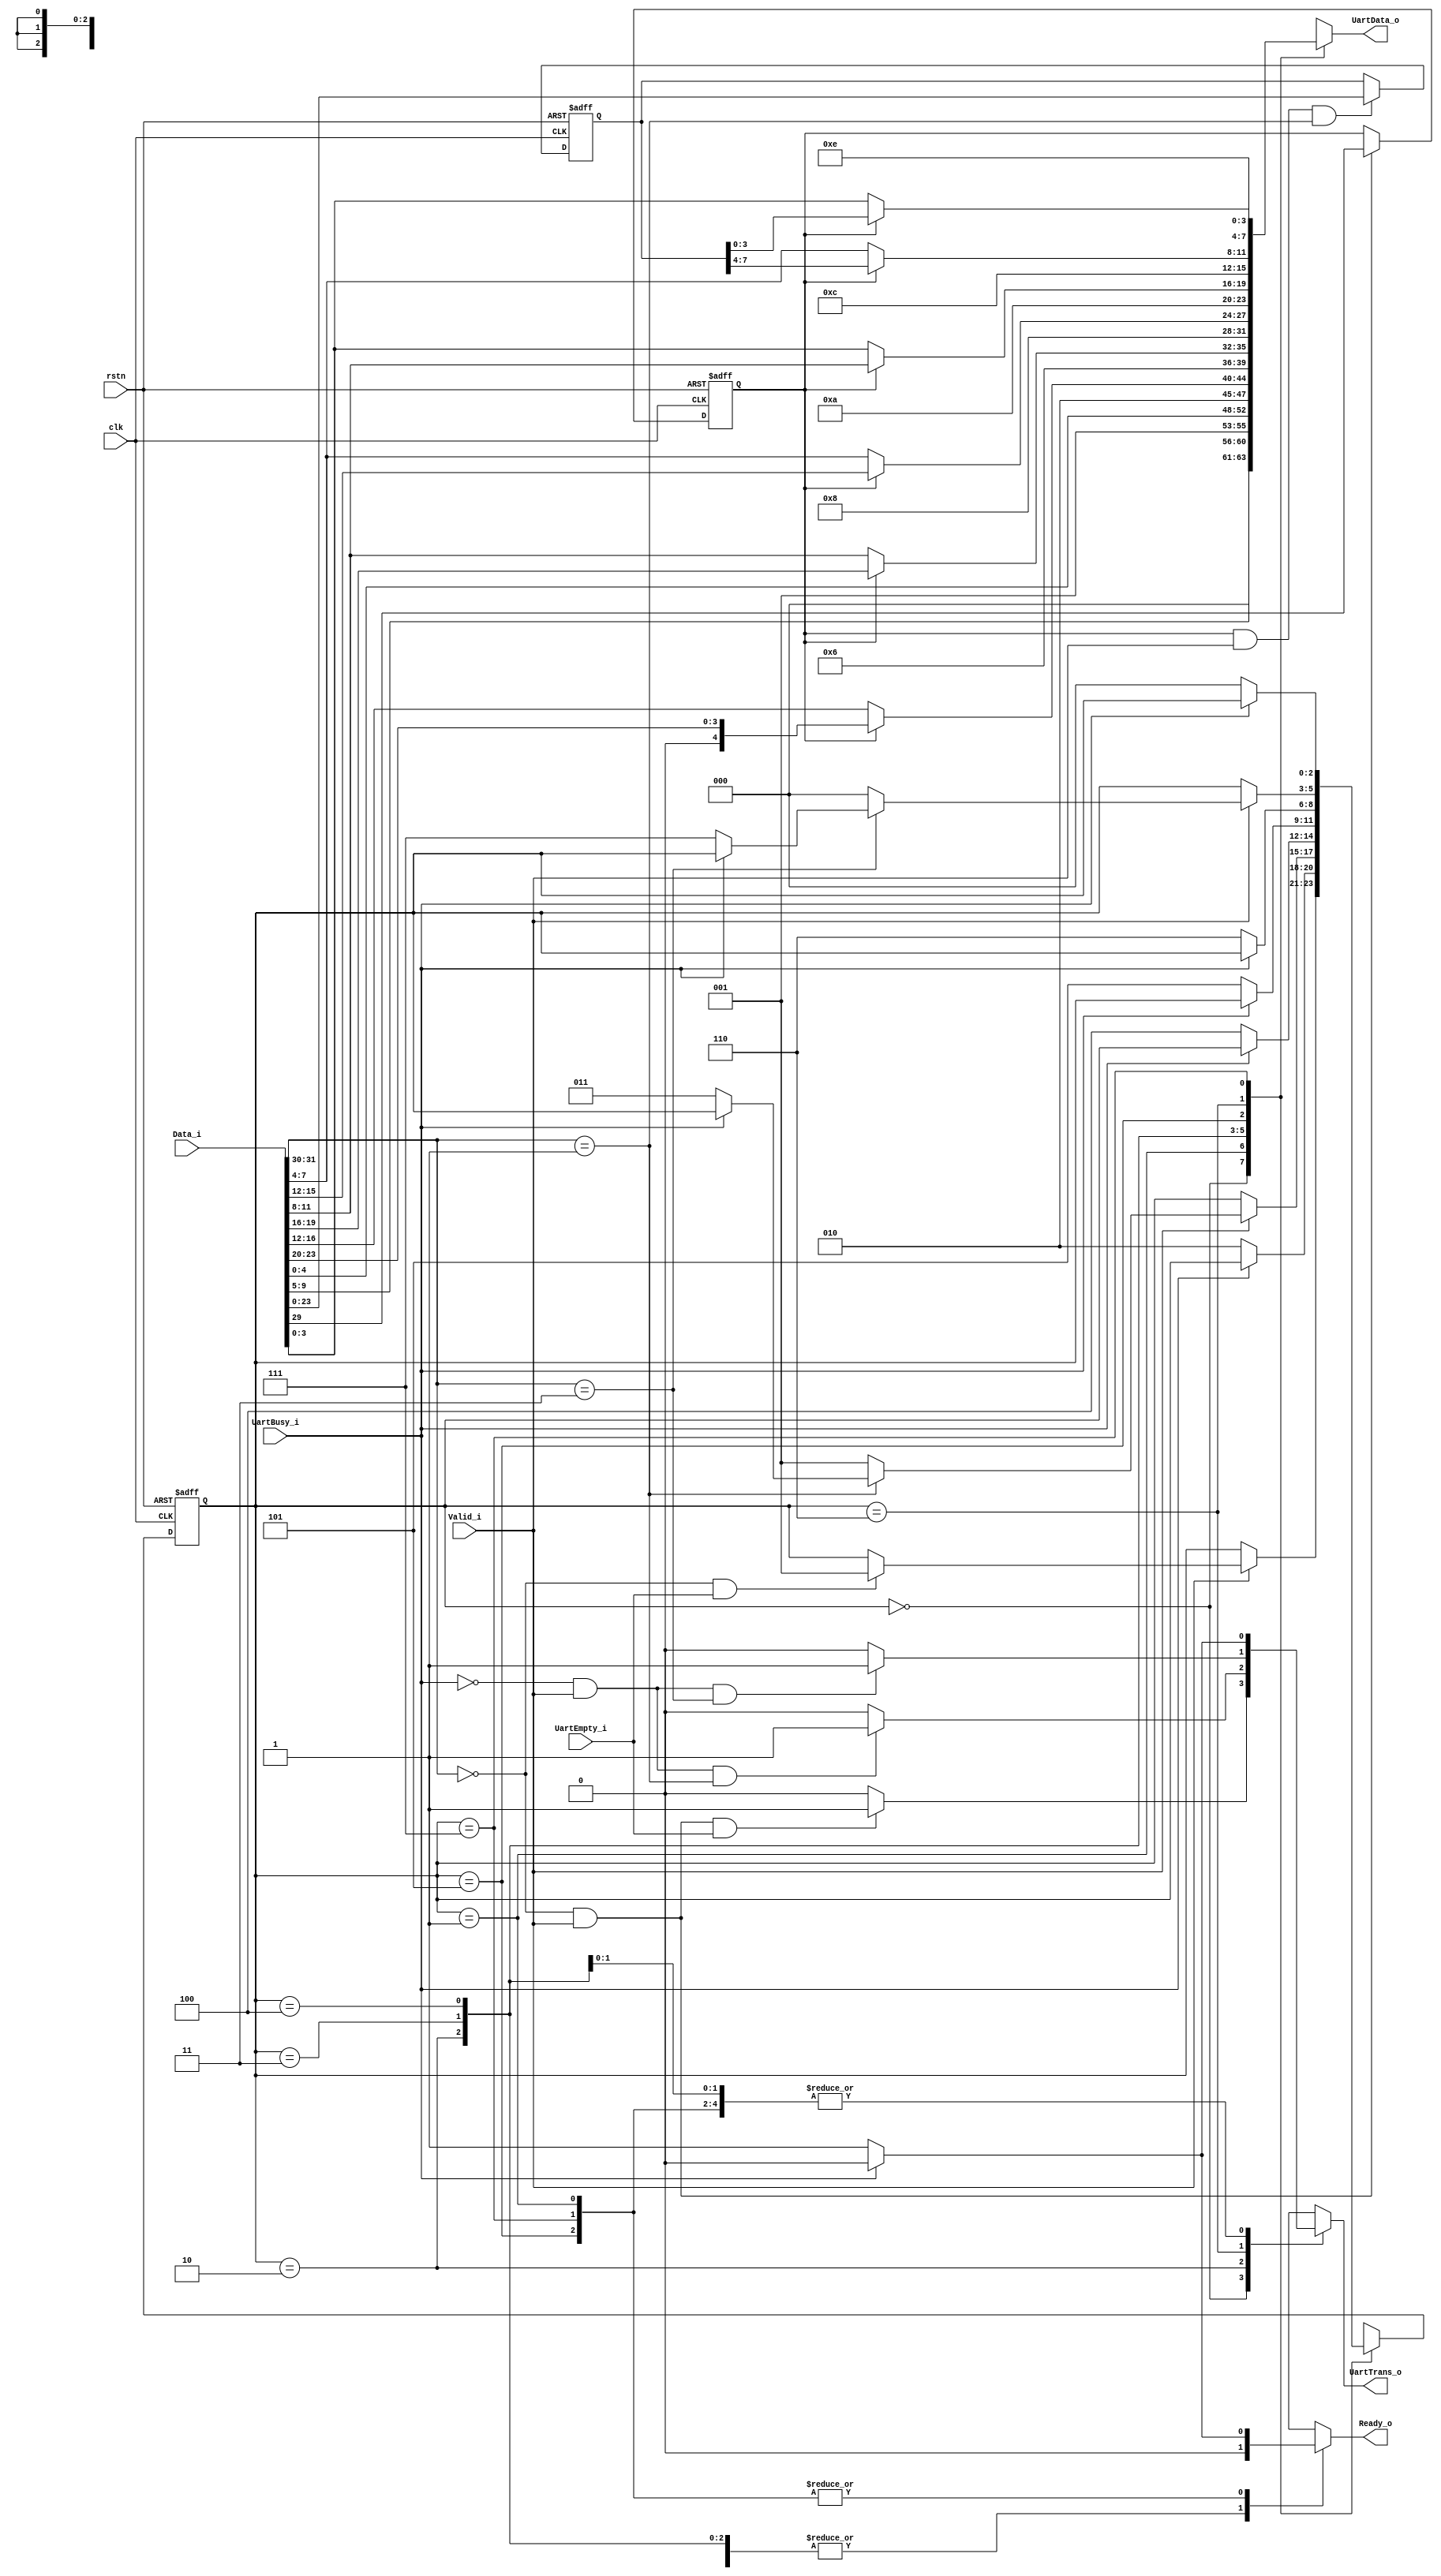
module UartNI (
    input   wire                    clk,
    input   wire                    rstn,

    input   wire    [31:0]          Data_i,
    input   wire                    Valid_i,
    output  reg                     Ready_o,

    output  reg     [7:0]           UartData_o,
    output  reg                     UartTrans_o,
    input   wire                    UartBusy_i,
    input   wire                    UartEmpty_i
);

wire    [1:0]   FlitTpye;

assign  FlitTpye    =   Data_i[31:30];

wire            HeadFlit;
wire            BodyFlit;
wire            TailFlit;

assign  HeadFlit    =   FlitTpye    ==  2'b00;
assign  BodyFlit    =   FlitTpye    ==  2'b01;
assign  TailFlit    =   FlitTpye    ==  2'b11;

localparam  TID =   3'h0;
localparam  TAD =   3'h1;
localparam  THH =   3'h2;
localparam  THL =   3'h3;
localparam  TLH =   3'h4;
localparam  TLL =   3'h5;
localparam  TEH =   3'h6;
localparam  TEL =   3'h7;

reg     [2:0]   StateCr = TID;
reg     [2:0]   StateNxt;

always@(posedge clk or negedge rstn) begin
    if(~rstn) begin
        StateCr <=  TID;
    end else begin
        StateCr <=  StateNxt;
    end 
end

always@(*) begin
    case(StateCr)
        TID : begin
            if(Valid_i) begin
                if(HeadFlit & UartEmpty_i) begin
                    StateNxt    =   TAD;
                end else begin
                    StateNxt    =   StateCr;
                end
            end else begin
                StateNxt    =   StateCr;
            end
        end TAD : begin
            if(~UartBusy_i) begin
                StateNxt    =   THH;
            end else begin
                StateNxt    =   StateCr;
            end
        end THH : begin
            if(Valid_i) begin
                if(~BodyFlit) begin
                    StateNxt    =   TAD;
                end else if(~UartBusy_i) begin
                    StateNxt    =   THL;
                end else begin
                    StateNxt    =   StateCr;
                end
            end else begin
                StateNxt    =   StateCr;
            end
        end THL : begin
            if(~UartBusy_i) begin
                StateNxt    =   TLH;
            end else begin
                StateNxt    =   StateCr;
            end
        end TLH : begin
            if(~UartBusy_i) begin
                StateNxt    =   TLL;
            end else begin
                StateNxt    =   StateCr;
            end
        end TLL : begin
            if(~UartBusy_i) begin
                StateNxt    =   TEH;
            end else begin
                StateNxt    =   StateCr;
            end
        end TEH : begin
            if(Valid_i) begin
                if(TailFlit) begin
                    if(~UartBusy_i) begin
                        StateNxt    =   TEL;
                    end else begin
                        StateNxt    =   StateCr;
                    end
                end else begin
                    StateNxt    =   TID;
                end
            end else begin
                StateNxt    =   StateCr;
            end
        end TEL : begin
            if(~UartBusy_i) begin
                StateNxt    =   TID;
            end else begin
                StateNxt    =   StateCr;
            end
        end default : begin
            StateNxt    =   TID;
        end
    endcase
end

reg SensorType = 1'b0;

always@(posedge clk or negedge rstn) begin
    if(~rstn) begin
        SensorType  <=  1'b0;
    end else begin
        if(HeadFlit & Valid_i) begin
            SensorType  <=  Data_i[29];
        end
    end
end

reg [23:0]  MemData = 24'b0;

always@(posedge clk or negedge rstn) begin
    if(~rstn) begin
        MemData <=  24'b0;
    end else begin
        if(SensorType & Valid_i & BodyFlit) begin
            MemData <= Data_i[23:0];
        end
    end
end

always@(*) begin
    case(StateCr) 
        TID : begin
            UartData_o  =   {TID,Data_i[9:5]};
            if(Valid_i & HeadFlit & UartEmpty_i) begin
                UartTrans_o =   1'b1;
            end else begin
                UartTrans_o =   1'b0;
            end
            Ready_o =   1'b0;
        end TAD : begin
            UartData_o  =   {TAD,Data_i[4:0]};
            if(~UartBusy_i) begin
                UartTrans_o =   1'b1;
                Ready_o =   1'b1;
            end else begin
                UartTrans_o =   1'b0;
                Ready_o =   1'b0;
            end
        end THH : begin
            if(SensorType) begin
                UartData_o  =   {THH,1'b0,Data_i[23:20]}; 
            end else begin
                UartData_o  =   {THH,Data_i[16],Data_i[15:12]};
            end
            if(~UartBusy_i & Valid_i & BodyFlit) begin
                UartTrans_o =   1'b1;
            end else begin
                UartTrans_o =   1'b0;
            end
            Ready_o =   1'b0;
        end THL : begin
            if(SensorType) begin
                UartData_o  =   {THL,1'b0,Data_i[19:16]};
            end else begin
                UartData_o  =   {THL,1'b0,Data_i[11:8]};
            end
            if(~UartBusy_i) begin
                UartTrans_o =   1'b1;
            end else begin
                UartTrans_o =   1'b0;
            end
            Ready_o =   1'b0;
        end TLH : begin
            if(SensorType) begin
                UartData_o  =   {TLH,1'b0,Data_i[15:12]};
            end else begin
                UartData_o  =   {TLH,1'b0,Data_i[7:4]};
            end
            if(~UartBusy_i) begin
                UartTrans_o =   1'b1;
            end else begin
                UartTrans_o =   1'b0;
            end
            Ready_o =   1'b0;
        end TLL : begin
            if(SensorType) begin
                UartData_o  =   {TLL,1'b0,Data_i[11:8]};
            end else begin
                UartData_o  =   {TLL,1'b0,Data_i[3:0]};
            end
            if(~UartBusy_i) begin
                UartTrans_o =   1'b1;
                Ready_o =   1'b1;
            end else begin
                UartTrans_o =   1'b0;
                Ready_o =   1'b0;
            end
        end TEH : begin
            if(SensorType) begin
                UartData_o  =   {TEH,1'b0,MemData[7:4]};
            end else begin
                UartData_o  =   {TEH,1'b0,Data_i[7:4]};
            end
            if(~UartBusy_i & Valid_i & TailFlit) begin
                UartTrans_o =   1'b1;
            end else begin
                UartTrans_o =   1'b0;
            end
            Ready_o =   1'b0;
        end TEL : begin
            if(SensorType) begin
                UartData_o  =   {TEL,1'b0,MemData[3:0]};
            end else begin
                UartData_o  =   {TEL,1'b0,Data_i[3:0]};
            end
            if(~UartBusy_i) begin
                UartTrans_o =   1'b1;
                Ready_o =   1'b1;
            end else begin
                UartTrans_o =   1'b0;
                Ready_o =   1'b0;
            end
        end default : begin
            UartTrans_o =   1'b0;
            Ready_o =   1'b0;
        end
    endcase
end

endmodule